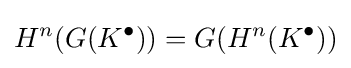
H^{n}(G(K^{\bullet }))=G(H^{n}(K^{\bullet }))